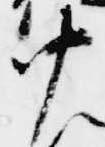
中